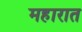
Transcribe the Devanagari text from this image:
महारात